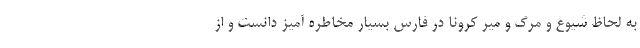
به لحاظ شیوع و مرگ و میر کرونا در فارس بسیار مخاطره آمیز دانست و از